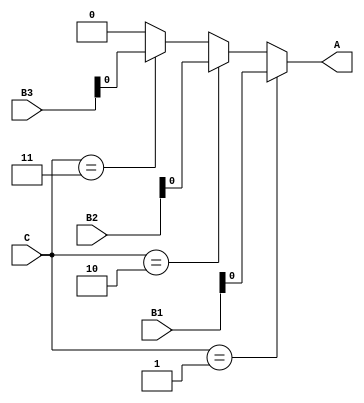
// A = B1 when C = 1 else B2 when C = 2 else B3 when C = 3 else 0;
// write using structure if-else

module system_1(
    output reg A,
    input wire [1:0] B1, B2, B3, C
);
    always @(B1, B2, B3, C) begin
        if (C == 2'b01)
            A = B1;
      	else if (C == 2'b10)
            A = B2;
      	else if (C == 2'b11)
        	A = B3;
      	else
            A = 0;
    end
endmodule